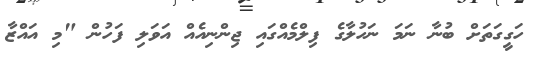
ހަގީގަތަށް ބުނާ ނަމަ ނަހުލާގެ ފިލްމެއްގައި ޖިންނިއެއް އަވަލި ފަހުން "މި އައްޒާ